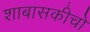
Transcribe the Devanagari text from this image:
शाबासकीचो